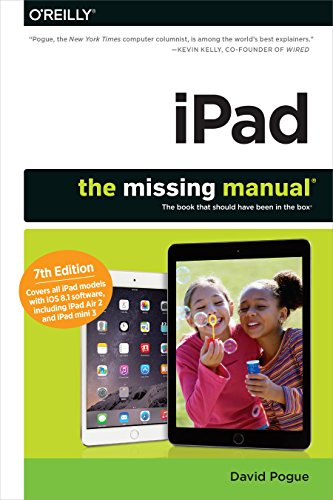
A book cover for iPad: The Missing Manual; David Pogue; Arts & Photography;